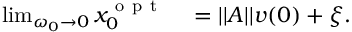
\begin{array} { r l } { \operatorname* { l i m } _ { \omega _ { 0 } \to 0 } x _ { 0 } ^ { \mathrm { ~ o ~ p ~ t ~ } } } & { { } = | | A | | v ( 0 ) + \xi . } \end{array}